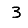
Digit: 3